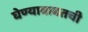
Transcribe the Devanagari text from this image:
घेण्याबाबतची